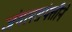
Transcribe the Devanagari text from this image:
जंगलसंपत्तीने